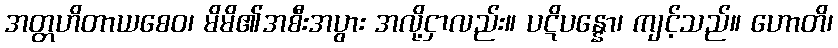
အတ္တဟိတာယစေဝ၊ မိမိ၏အစီးအပွား အလို့ငှာလည်း။ ပဋိပန္နော၊ ကျင့်သည်။ ဟောတိ၊